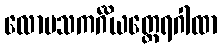
လောမသကင်္ဂိယတ္ထေရဂါထာ